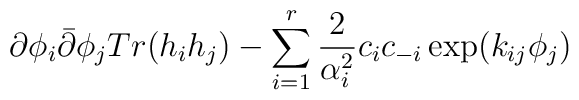
\partial \phi_{i}\bar{\partial}\phi_{j}Tr(h_{i}h_{j})-\sum_{i=1}^{r}\frac{2}{\alpha_{i}^{2}}c_{i}c_{-i}\exp (k_{ij}\phi_{j})